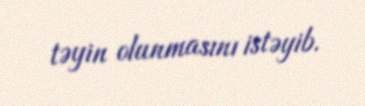
təyin olunmasını istəyib.